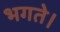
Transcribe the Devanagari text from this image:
भगते।